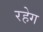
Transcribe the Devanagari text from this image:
रहेग